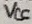
Text: VCC